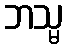
ဘသ္မ